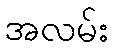
အလမ်း